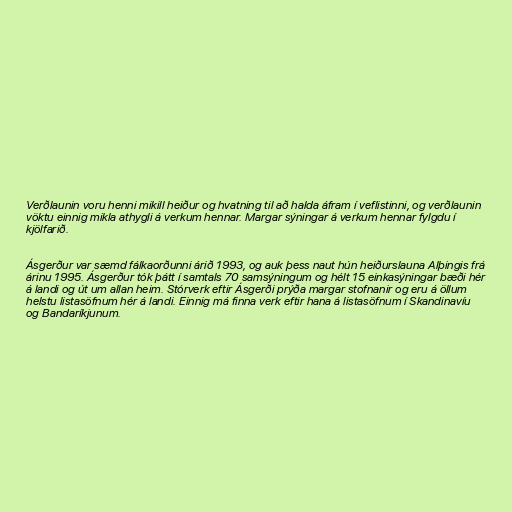
Verðlaunin voru henni mikill heiður og hvatning til að halda áfram í veflistinni, og verðlaunin
vöktu einnig mikla athygli á verkum hennar. Margar sýningar á verkum hennar fylgdu í
kjölfarið.

Ásgerður var sæmd fálkaorðunni árið 1993, og auk þess naut hún heiðurslauna Alþingis frá
árinu 1995. Ásgerður tók þátt í samtals 70 samsýningum og hélt 15 einkasýningar bæði hér
á landi og út um allan heim. Stórverk eftir Ásgerði prýða margar stofnanir og eru á öllum
helstu listasöfnum hér á landi. Einnig má finna verk eftir hana á listasöfnum í Skandinavíu
og Bandaríkjunum.